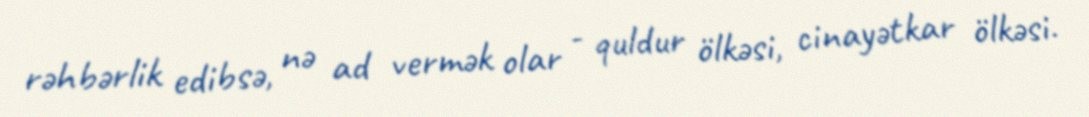
rəhbərlik edibsə, nə ad vermək olar - quldur ölkəsi, cinayətkar ölkəsi.